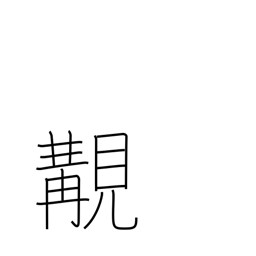
Meaning: happening to meet